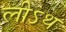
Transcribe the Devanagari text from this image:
लीऽथ